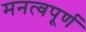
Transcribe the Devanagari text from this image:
मनत्वपूर्ण